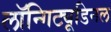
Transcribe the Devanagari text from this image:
लॉन्गिट्यूडिनल